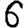
Digit: 6